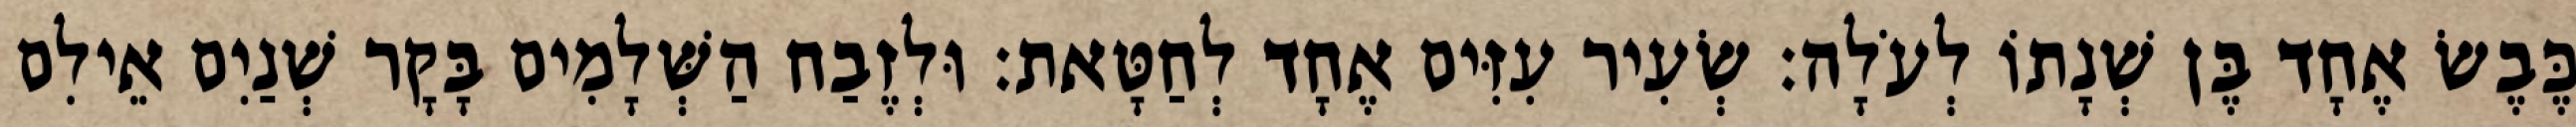
כֶּבֶשׂ אֶחָד בֶּן שְׁנָתוֹ לְעֹלָה׃ שְׂעִיר עִזִּים אֶחָד לְחַטָּאת׃ וּלְזֶבַח הַשְּׁלָמִים בָּקָר שְׁנַיִם אֵילִם